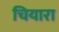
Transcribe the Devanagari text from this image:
चियारा